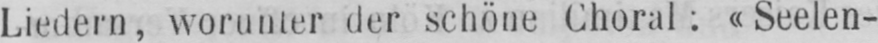
Liedern, worunter der schöne Choral: «Seelen-